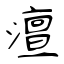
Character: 澶